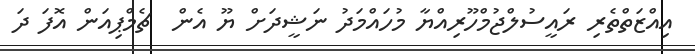
އިއްޒަތްތެރި ރައީސުލްޖުމްހޫރިއްޔާ މުހައްމަދު ނަޝީދަށް ޔޫ އެން  ޗެމްޕިއަން އޮފަ ދަ